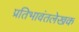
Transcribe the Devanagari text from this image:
प्रतिभावंतलेखक